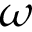
\omega